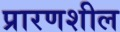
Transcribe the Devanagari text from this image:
प्रारणशील